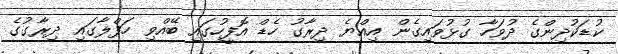
ކުޑަކުދިންގެ ދުވަހާ ގުޅުވައިގެން އިއްޔެ ދިރާގު ހެޑް އޮފީހުގައި ބޭއްވި ހަފްލާގައި ދިރާގުގެ